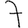
Digit: 7